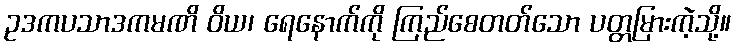
ဥဒကပသာဒကမဏိ ဝိယ၊ ရေနောက်ကို ကြည်စေတတ်သော ပတ္တမြားကဲ့သို့။